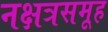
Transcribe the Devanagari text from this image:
नक्षत्रसमूह